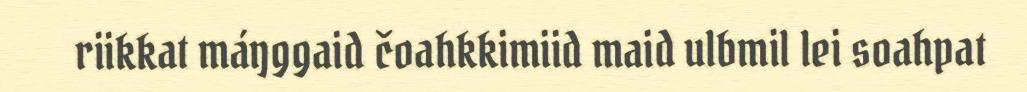
riikkat máŋggaid čoahkkimiid maid ulbmil lei soahpat